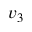
v _ { 3 }